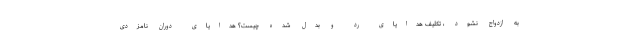
به ازدواج نشود ، تکلیف هدایای رد و بدل شده چیست؟ هدایای دوران نامزدی